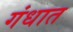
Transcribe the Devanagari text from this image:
गंधात